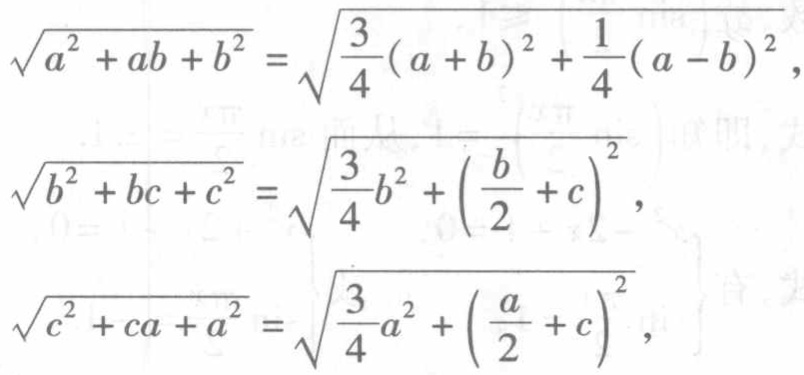
\[\begin{align*}

\sqrt{a^{2}+ab + b^{2}}&=\sqrt{\frac{3}{4}(a + b)^{2}+\frac{1}{4}(a - b)^{2}},\\

\sqrt{b^{2}+bc + c^{2}}&=\sqrt{\frac{3}{4}b^{2}+\left(\frac{b}{2}+c\right)^{2}},\\

\sqrt{c^{2}+ca + a^{2}}&=\sqrt{\frac{3}{4}a^{2}+\left(\frac{a}{2}+c\right)^{2}},

\end{align*}\]